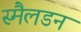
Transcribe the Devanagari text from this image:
स्मैलडन